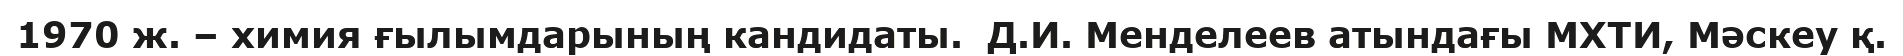
1970 ж. – химия ғылымдарының кандидаты.  Д.И. Менделеев атындағы МХТИ, Мәскеу қ.